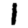
Digit: 1